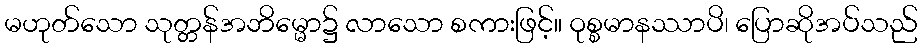
မဟုတ်သော သုတ္တန်အဘိမ္မော၌ လာသော စကားဖြင့်။ ဝုစ္စမာနဿာပိ၊ ပြောဆိုအပ်သည်